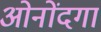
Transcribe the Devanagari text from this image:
ओनोंदगा